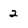
Character: 2